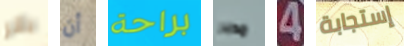
بانر أن براحة مدبر 4 إستجابة